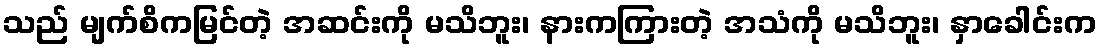
သည် မျက်စိကမြင်တဲ့ အဆင်းကို မသိဘူး၊ နားကကြားတဲ့ အသံကို မသိဘူး၊ နှာခေါင်းက